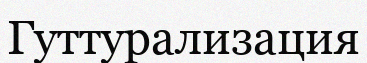
Гуттурализация